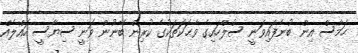
ހަމާސް އިން ބުނެފައިވަނީ ސުލްހައިގެ ވާޙަކަތަކުގެ ކުރިން ބޭނުން ވަނީ ސިޔާސީ ހައްލެއް